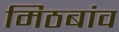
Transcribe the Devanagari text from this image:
मिठबांव